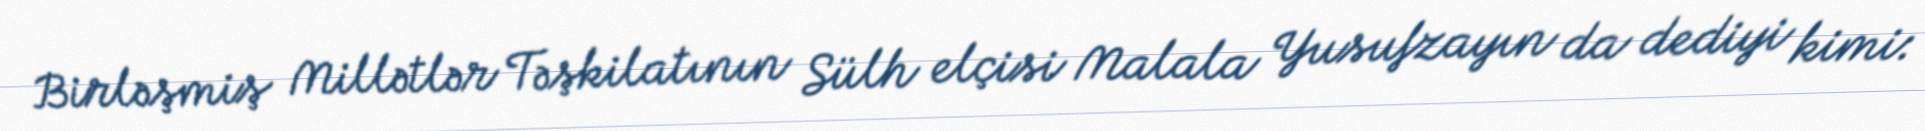
Birləşmiş Millətlər Təşkilatının Sülh elçisi Malala Yusufzayın da dediyi kimi: